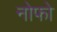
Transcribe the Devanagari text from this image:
नोफो